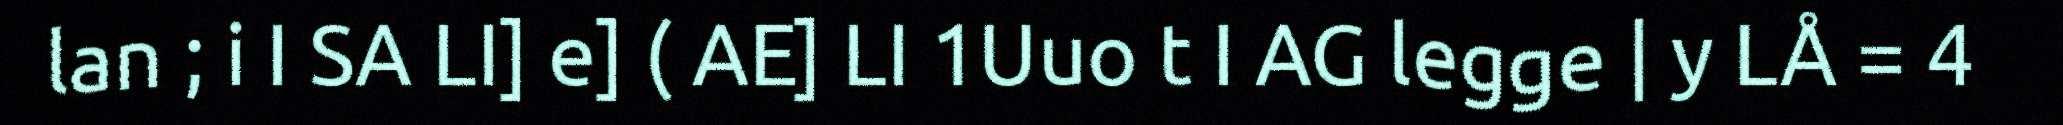
lan ; i I SA LI] e] ( AE] LI 1Uuo t I AG legge | y LÅ = 4